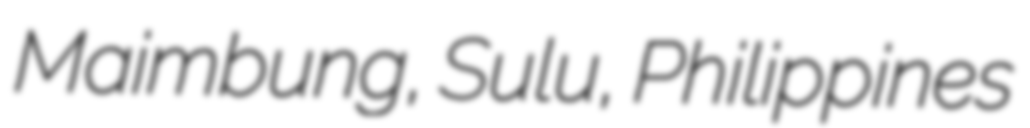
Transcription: Maimbung, Sulu, Philippines